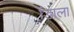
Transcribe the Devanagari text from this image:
ॲडाला